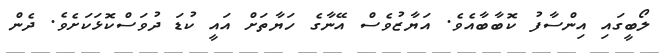
ލޯބީގައި އިންސާފު ކޮބާބާއެވެ. އަޔާޒުވެސް އޭނާގެ ހަޔާތަށް އައީ ކުޑަ ދުވަސްކޮޅަކަށެވެ. ދެން